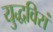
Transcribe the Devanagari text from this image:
युद्धविरां